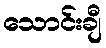
သောင်းချီ